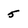
Character: 5